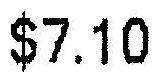
$7.10